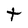
Character: t